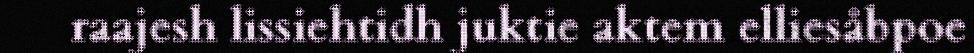
raajesh lissiehtidh juktie aktem elliesåbpoe